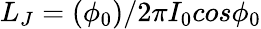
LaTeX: L_{J}=(\phi_{0})/2\pi I_{0}cos\phi_{0}